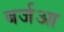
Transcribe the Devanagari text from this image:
बर्जआ